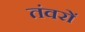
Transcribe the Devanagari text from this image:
तंवरों